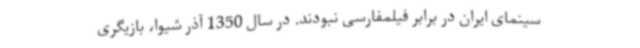
سینمای ایران در برابر فیلمفارسی نبودند. در سال 1350 آذر شیوا، بازیگری